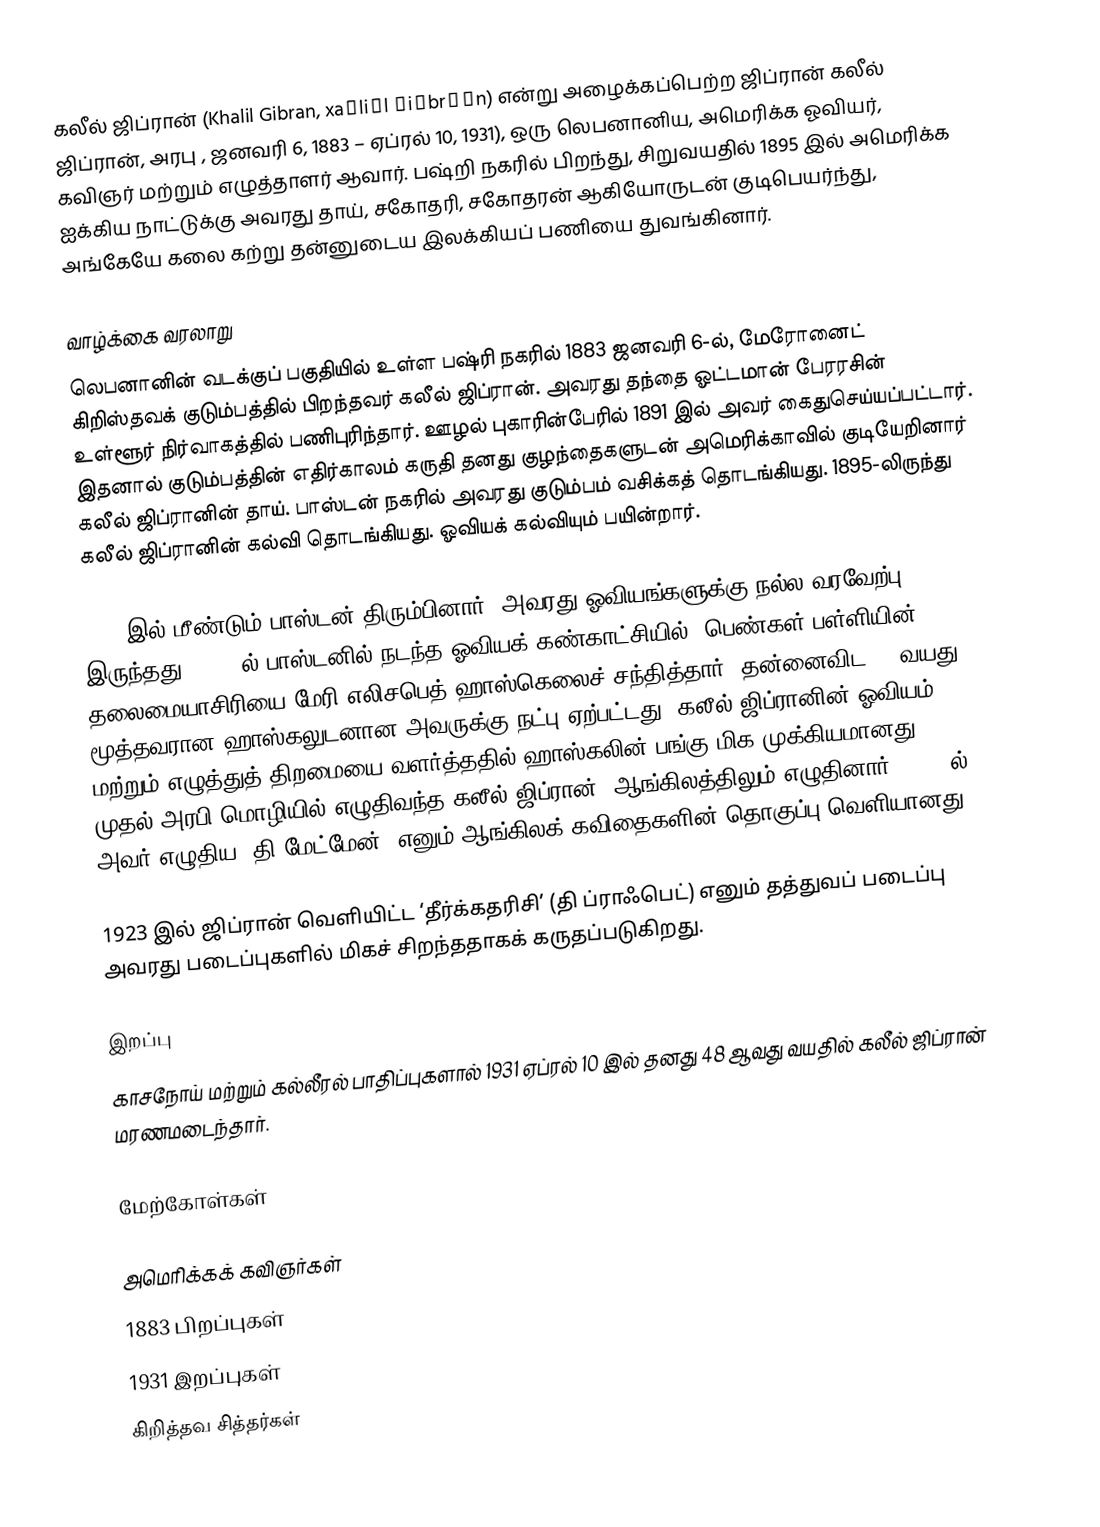
கலீல் ஜிப்ரான் (Khalil Gibran, xaˈliːl ʒiˈbrɑːn) என்று அழைக்கப்பெற்ற ஜிப்ரான் கலீல் ஜிப்ரான், அரபு , ஜனவரி 6, 1883 – ஏப்ரல் 10, 1931), ஒரு லெபனானிய, அமெரிக்க ஓவியர், கவிஞர் மற்றும் எழுத்தாளர் ஆவார். பஷ்றி நகரில் பிறந்து, சிறுவயதில் 1895 இல்  அமெரிக்க ஐக்கிய நாட்டுக்கு அவரது தாய், சகோதரி, சகோதரன் ஆகியோருடன் குடிபெயர்ந்து, அங்கேயே கலை கற்று தன்னுடைய இலக்கியப் பணியை துவங்கினார்.

வாழ்க்கை வரலாறு
லெபனானின் வடக்குப் பகுதியில் உள்ள பஷ்ரி நகரில் 1883 ஜனவரி 6-ல், மேரோனைட் கிறிஸ்தவக் குடும்பத்தில் பிறந்தவர் கலீல் ஜிப்ரான். அவரது தந்தை ஓட்டமான் பேரரசின் உள்ளூர் நிர்வாகத்தில் பணிபுரிந்தார். ஊழல் புகாரின்பேரில் 1891 இல் அவர் கைதுசெய்யப்பட்டார். இதனால் குடும்பத்தின் எதிர்காலம் கருதி தனது குழந்தைகளுடன் அமெரிக்காவில் குடியேறினார் கலீல் ஜிப்ரானின் தாய். பாஸ்டன் நகரில் அவரது குடும்பம் வசிக்கத் தொடங்கியது. 1895-லிருந்து கலீல் ஜிப்ரானின் கல்வி தொடங்கியது. ஓவியக் கல்வியும் பயின்றார்.

1902 இல் மீண்டும் பாஸ்டன் திரும்பினார். அவரது ஓவியங்களுக்கு நல்ல வரவேற்பு இருந்தது. 1904-ல் பாஸ்டனில் நடந்த ஓவியக் கண்காட்சியில், பெண்கள் பள்ளியின் தலைமையாசிரியை மேரி எலிசபெத் ஹாஸ்கெலைச் சந்தித்தார். தன்னைவிட 10 வயது மூத்தவரான ஹாஸ்கலுடனான அவருக்கு நட்பு ஏற்பட்டது. கலீல் ஜிப்ரானின் ஓவியம் மற்றும் எழுத்துத் திறமையை வளர்த்ததில் ஹாஸ்கலின் பங்கு மிக முக்கியமானது. 1905 முதல் அரபி மொழியில் எழுதிவந்த கலீல் ஜிப்ரான், ஆங்கிலத்திலும் எழுதினார். 1918-ல் அவர் எழுதிய ‘தி மேட்மேன்’ எனும் ஆங்கிலக் கவிதைகளின் தொகுப்பு வெளியானது.

1923 இல் ஜிப்ரான் வெளியிட்ட ‘தீர்க்கதரிசி’ (தி ப்ராஃபெட்) எனும் தத்துவப் படைப்பு அவரது படைப்புகளில் மிகச் சிறந்ததாகக் கருதப்படுகிறது.

இறப்பு
காசநோய் மற்றும் கல்லீரல் பாதிப்புகளால் 1931 ஏப்ரல் 10 இல் தனது 48 ஆவது வயதில் கலீல் ஜிப்ரான் மரணமடைந்தார்.

மேற்கோள்கள்

அமெரிக்கக் கவிஞர்கள்
1883 பிறப்புகள்
1931 இறப்புகள்
கிறித்தவ சித்தர்கள்